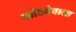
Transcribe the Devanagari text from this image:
खोदनेवाला